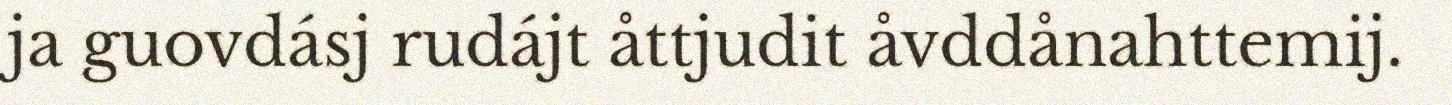
ja guovdásj rudájt åttjudit åvddånahttemij.